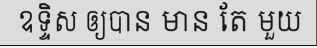
ឧទ្ទិស ឲ្យបាន មាន តែ មួយ